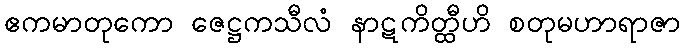
ဧကမာတုကော ဇေဋ္ဌကသီလံ နာဋကိတ္ထီဟိ စတုမဟာရာဇာ